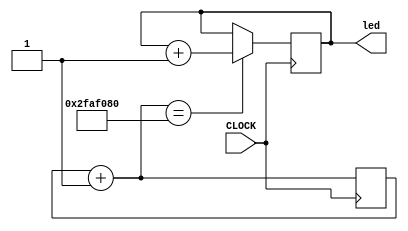
`timescale 1ns / 1ps
//////////////////////////////////////////////////////////////////////////////////
// Company: 
// Engineer: 
// 
// Design Name: 
// Module Name:    Numarator 
// Project Name: 
// Target Devices: 
// Tool versions: 
// Description: 
//
// Dependencies: 
//
// Revision: 
// Revision 0.01 - File Created
// Additional Comments: 
//
//////////////////////////////////////////////////////////////////////////////////
module Numarator(CLOCK, led);
    input CLOCK;
	 output [0:7] led;
    reg [0:31] r;
	 reg [0:7] x;

initial
    begin
	 x=0;
    end
	 
always @(posedge CLOCK)
    begin
	 r=r+1;
	 if (r==50000000)
	    begin
			x=x+1;
		 end
	 end

assign led=x;
	 
endmodule